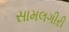
સામલગીરી